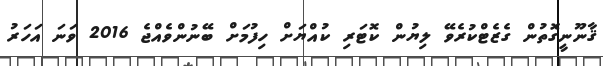
ޤާނޫނީގޮތުން ގެޒެޓްކުރެވޭ ލިޔުން ކޮޓަރި ކުއްޔަށް ހިފުމަށް ބޭނުންވެއްޖެ 2016 ވަނަ އަހަރު